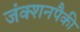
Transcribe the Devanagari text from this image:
जंक्शनपैकी